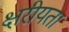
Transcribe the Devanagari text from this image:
क्षरीयता